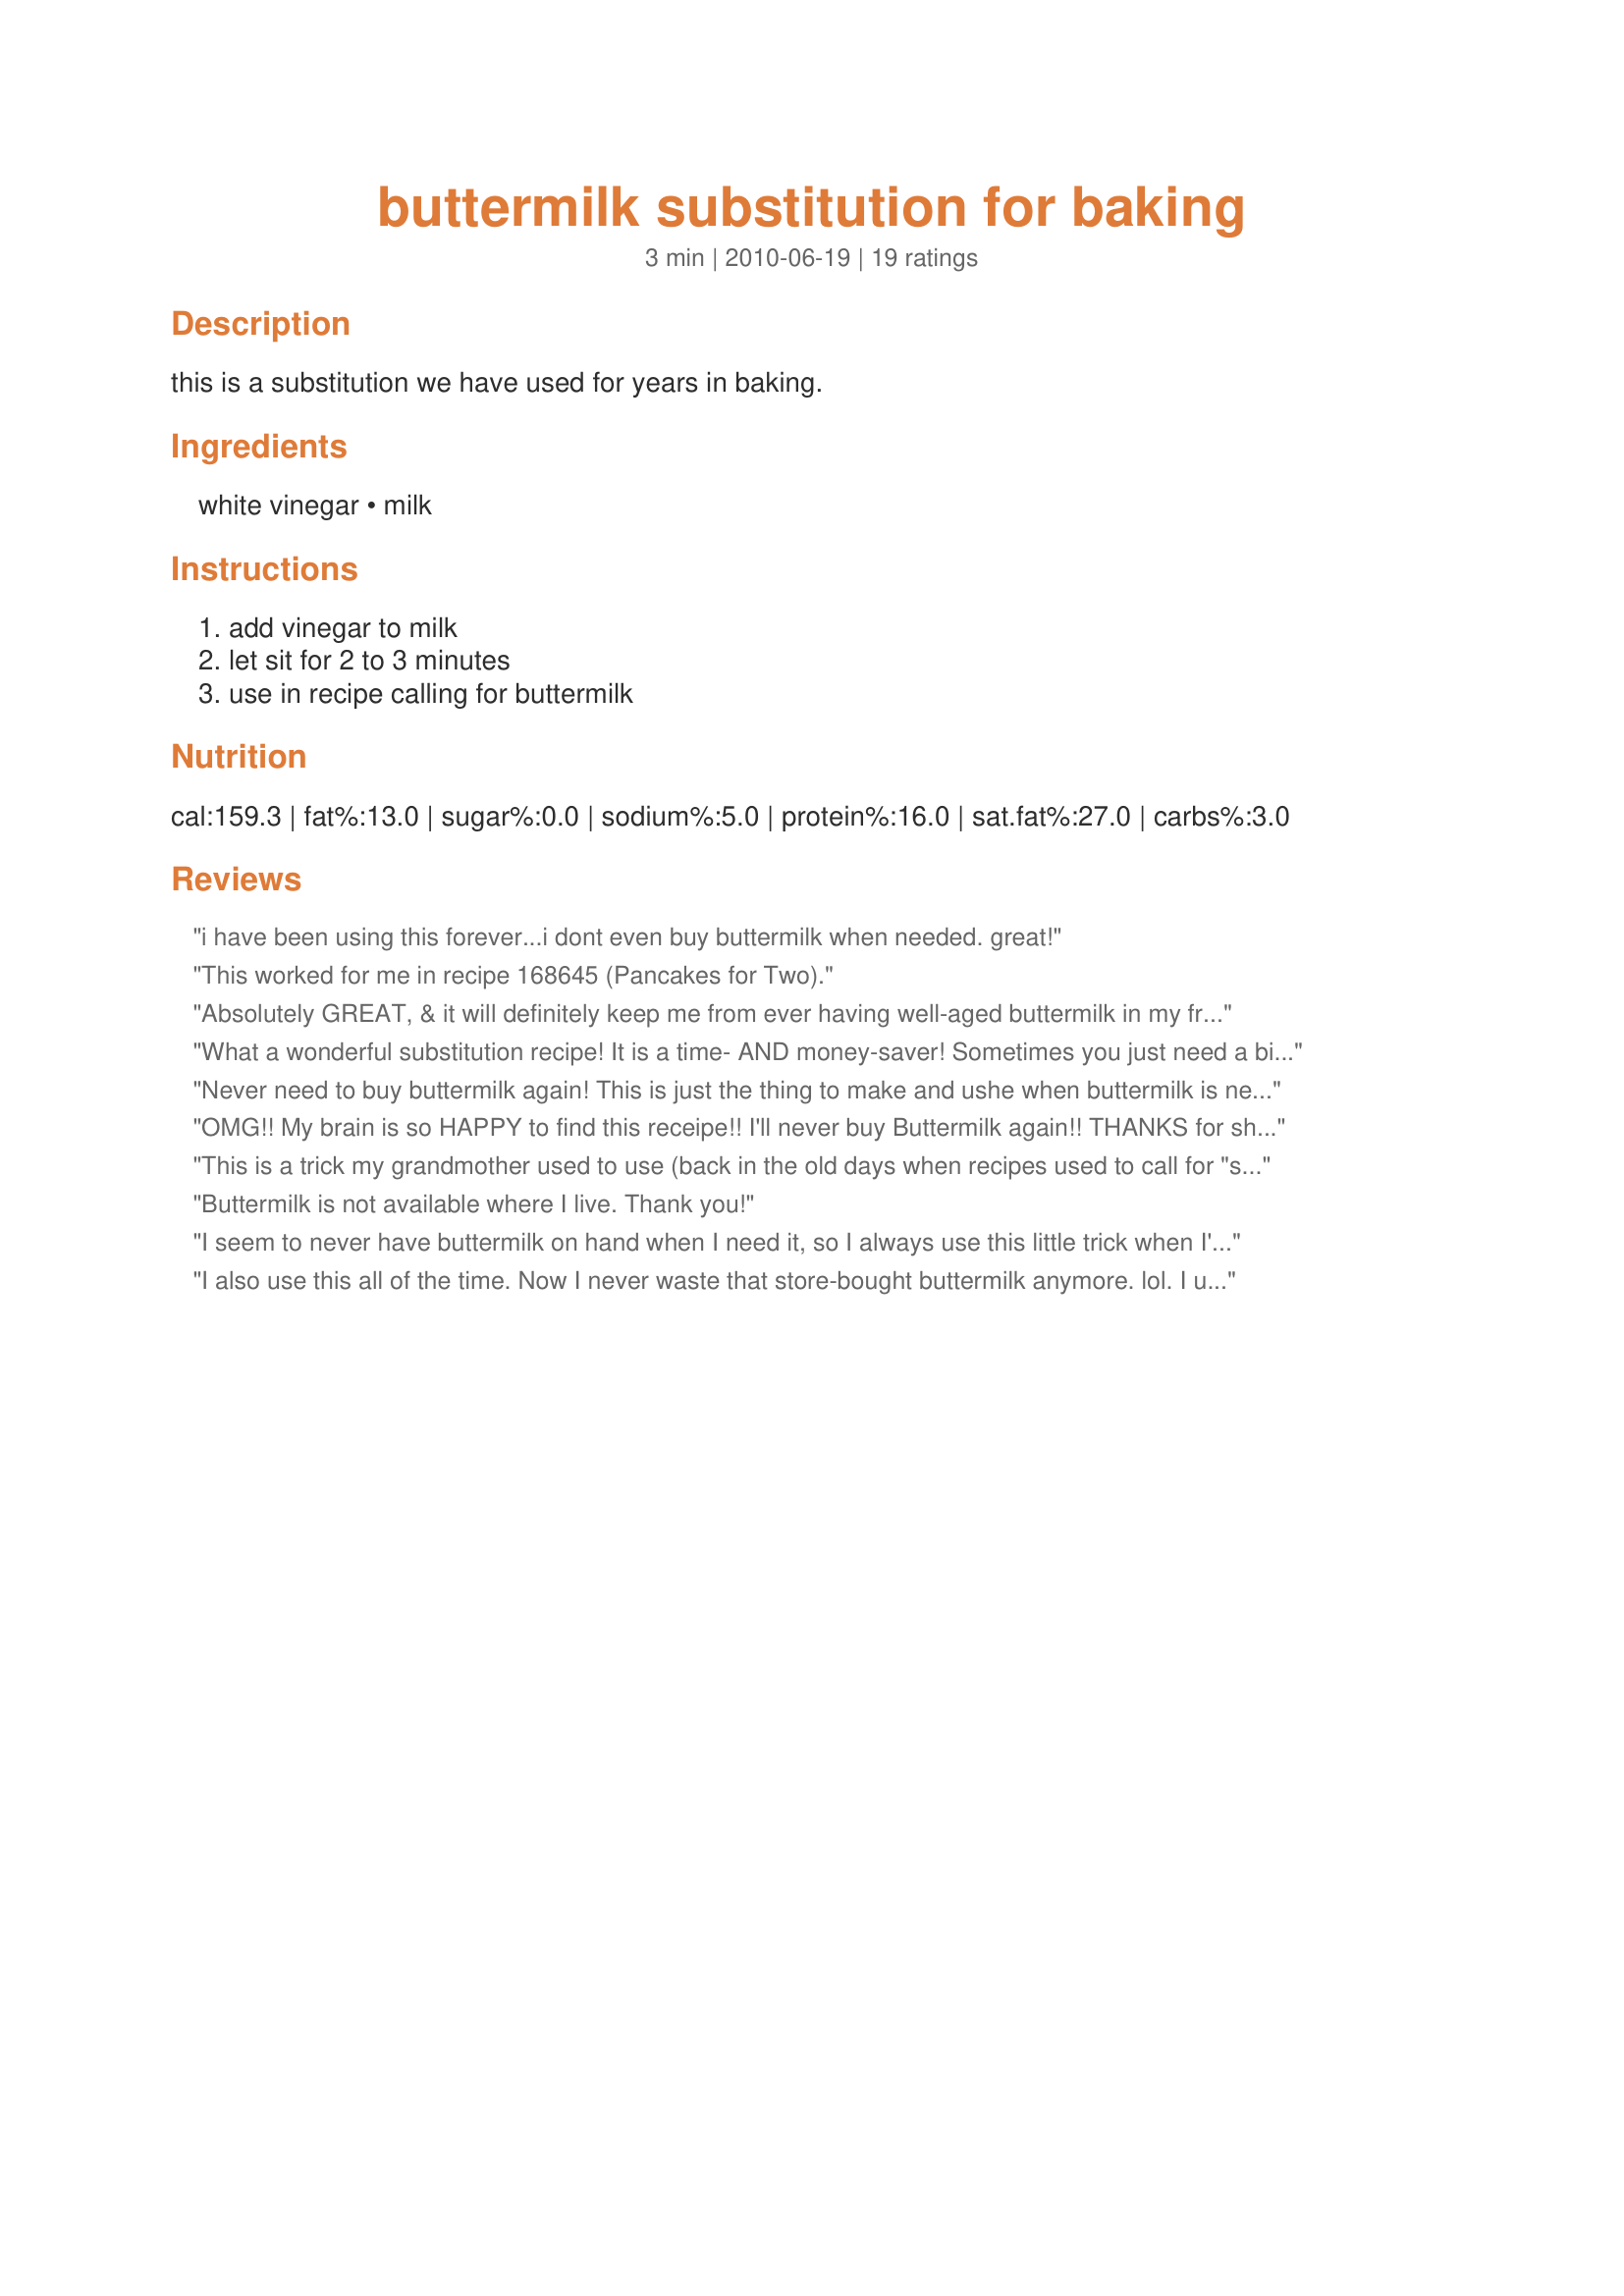
buttermilk substitution for baking
Preparation time: 3 minutes

this is a substitution we have used for years in baking.

Ingredients:
white vinegar, milk

Steps:
add vinegar to milk, let sit for 2 to 3 minutes, use in recipe calling for buttermilk

Reviews:
i have been using this forever...i dont even buy buttermilk when needed. great!
This worked for me in recipe 168645 (Pancakes for Two).
Absolutely GREAT, & it will definitely keep me from ever having well-aged buttermilk in my frig! Thanks for sharing this wonderful recipe! [Made & reviewed in Zaar Stars tag]
What a wonderful substitution recipe! It is a time- AND money-saver! Sometimes you just need a bit, and this recipe fits the bill. I even gave the recipe to a girl at the grocery store today! :-) Thanks for taking the time to post what has surely been a lifesaver for some (I ALWAYS forget the buttermilk, because I don't have a call to use it very often - LOL) and will continue to 'give' in the future! (Used in recipe#161680 #161680)Thanks for posting, Deb!
Never need to buy buttermilk again! This is just the thing to make and ushe when buttermilk is needed. No more buying containers and throwing half out for me ever again. And it so easy and quick also!<br/>Thanks Deb this worked so well for my puddig.
OMG!! My brain is so HAPPY to find this receipe!! I'll never buy Buttermilk again!! THANKS for sharing! AWESOME!!
This is a trick my grandmother used to use (back in the old days when recipes used to call for "sour" milk.) It adds the "tang" of buttermilk and you don't have to buy a quart of it, which doesn't always get used up.
Buttermilk is not available where I live. Thank you!
I seem to never have buttermilk on hand when I need it, so I always use this little trick when I'm in a pinch. Seems I am constantly calling on this recipe when I am preparing Recipe #98415. Works great. I wouldn't hesitate to try it with other recipes. At least I wouldn't end up wasting half the container (of buttermilk) for those times when I actually do remember to buy it!
I also use this all of the time. Now I never waste that store-bought buttermilk anymore. lol. I used this in recipe #517594 with great results. Thanks, Deb, for sharing. Made for Culinary Quest 2014.
I hardly ever use buttermilk, and I bought some dried buttermilk powder, but it turned into a hard clump, so now I have this recipe to use whenever I need a little buttermilk. Thanks! Made for Newest Zaar Tag.
I have been using this substitute for years now, first when ever I forgot buttermilk, but now I don't even bother with getting the buttermilk. I see absolutely no difference in the outcome of the dishes I use it in. You can also add lemon juice if you do not have vinegar.
It works and you can always make just as much as needed.
Works perfectly each and every time and great when you just need a small amount. I used it to make Recipe #390551. Yumm
This is a great sub for buttermilk, it doesn&#039;t have the same rich flavor of buttermilk but helps in a pinch
This works really well. I've never used it in dressings, but I have used it to cook with. I remember my Mom doing this too. Thanks for posting!
I've used this recipe for years. It works exactly as advertised. It's wonderful because when you don't need a large amount of buttermilk, or don't have any and can't run out to the store. This is one recipe that should be in every baker's repertoire! Thanks for posting. Made for Everyday's a Holiday Tag.
i use this all the time. clever you for writing out a recipe so others know , this really works made for u.s. southern leg of new world tour
Thank you for sharing this recipe Deb. It worked really well in my cornbread muffins. A nice substitute for buttermilk, when I am out. Made for Culinary Quest 2014 - Suitcase Gourmets.
